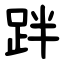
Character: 跘